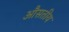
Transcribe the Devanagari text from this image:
औसतीय